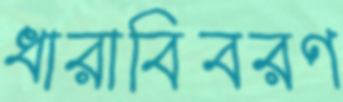
ধারাবিবরণ